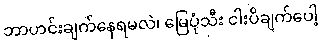
ဘာဟင်းချက်နေရမလဲ၊ မြေပုံသီး ငါးပိချက်ပေါ့